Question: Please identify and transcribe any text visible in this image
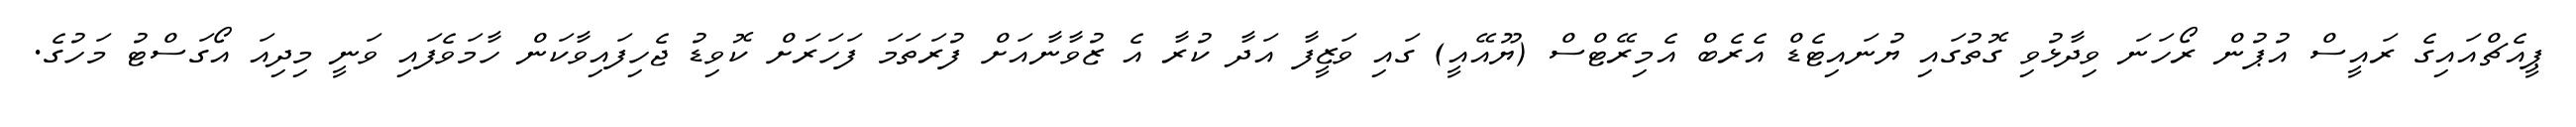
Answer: ޕީއެޗްއައިގެ ރައީސް އުޕުން ރޯހަނަ ވިދާޅުވި ގޮތުގައި ޔުނައިޓެޑް އެރެބް އެމިރޭޓްސް (ޔޫއޭއީ) ގައި ވަޒީފާ އަދާ ކުރާ އެ ޒުވާނާއަށް ފުރަތަމަ ފަހަރަށް ކޮވިޑު ޖެހިފައިވާކަން ހާމަވެފައި ވަނީ މިދިއަ އޯގަސްޓު މަހުގެ.